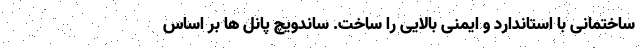
ساختمانی با استاندارد و ایمنی بالایی را ساخت. ساندویچ پانل ها بر اساس